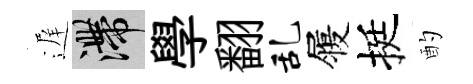
遅滯學翻乱履挺酌